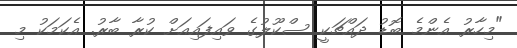
"މިހާރު އެންމެ ބޮޑު ދައްޗަކީ ސްކޫލުގެ ވައިފައިއަށް ކުރާ ބާރު. އެކަމަކު މި